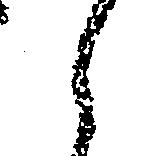
え